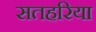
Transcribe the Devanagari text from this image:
सतहरिया